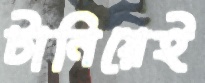
টানিয়েই